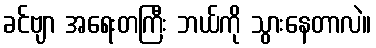
ခင်ဗျာ အရေးတကြီး ဘယ်ကို သွားနေတာလဲ။